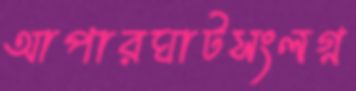
আপারঘাটসংলগ্ন